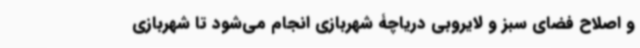
و اصلاح فضای سبز و لایروبی دریاچۀ شهربازی انجام می‌شود تا شهربازی